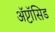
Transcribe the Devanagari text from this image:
अॅप्टॉसिड